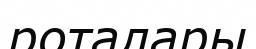
роталары